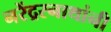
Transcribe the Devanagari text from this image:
नरेंद्ररनाथांनी